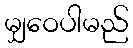
မျှဝေပါမည်